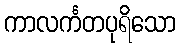
ကာလင်္ကတပုရိသော